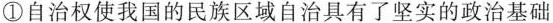
① 自治权使我国的民族区域自治具有了坚实的政治基础